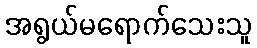
အရွယ်မရောက်သေးသူ